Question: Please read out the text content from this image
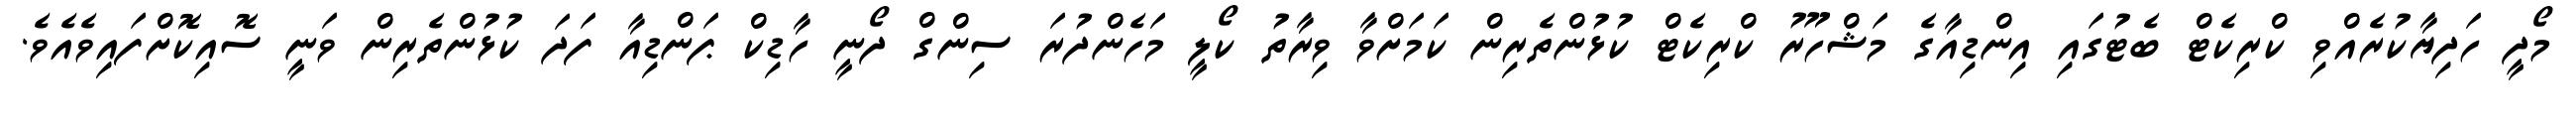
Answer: މޯދީ ހަދިޔާކުރެއްވި ކްރިކެޓް ބެޓުގައި އިންޑިއާގެ މަޝްހޫރު ކްރިކެޓް ކުޅުންތެރިން ކަމަށްވާ ވިރާތު ކޯލީ މަހެންދުރަ ސިންގް ދޯނީ ހާޑިކް ޕަންޑިއާ ފަދަ ކުޅުންތެރިން ވަނީ ސޮއިކޮށްފައިވެއެވެ.